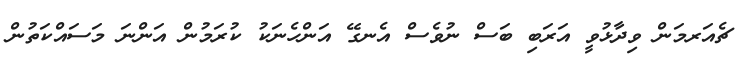
ޗެއަރމަން ވިދާޅުވީ އަރަބި ބަސް ނުވެސް އެނގޭ އަންހެނަކު ކުރަމުން އަންނަ މަސައްކަތުން